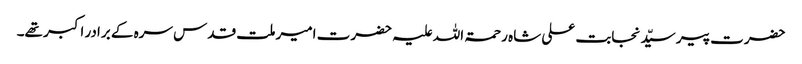
حضرت پیر سیّد نجابت علی شاہ رحمۃ اللہ علیہ حضرت امیر ملت قدس سرہ کے برادر اکبر تھے۔